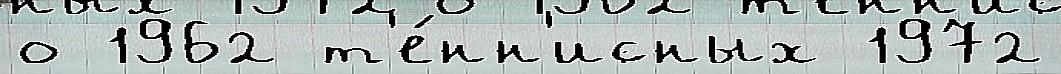
о 1962 т'е́нн'исных 1972